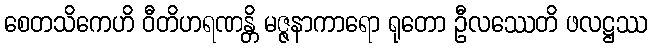
စေတသိကေဟိ ဝီတိဟရဏန္တိ မဇ္ဇနာကာရော ရုတော ဦလဿေတိ ဖလဋ္ဌဿ